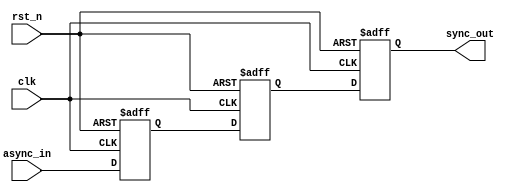
module async_to_sync_converter #(
    parameter NUM_SIGNALS = 1  // Number of asynchronous input signals
)(
    input wire clk,                   // Clock signal
    input wire rst_n,                 // Active low reset signal
    input wire [NUM_SIGNALS-1:0] async_in, // Asynchronous input signals
    output reg [NUM_SIGNALS-1:0] sync_out // Synchronized output signals
);

    // Internal signals for the two-stage synchronization
    reg [NUM_SIGNALS-1:0] sync_stage1; // First stage of synchronization
    reg [NUM_SIGNALS-1:0] sync_stage2; // Second stage of synchronization

    // Two-stage synchronization process
    always @(posedge clk or negedge rst_n) begin
        if (!rst_n) begin
            // Reset output and stages
            sync_stage1 <= 0;
            sync_stage2 <= 0;
            sync_out <= 0;
        end else begin
            // First stage: sample the asynchronous input
            sync_stage1 <= async_in;

            // Second stage: sample the output of the first stage
            sync_stage2 <= sync_stage1;

            // Output the synchronized signal
            sync_out <= sync_stage2;
        end
    end

endmodule